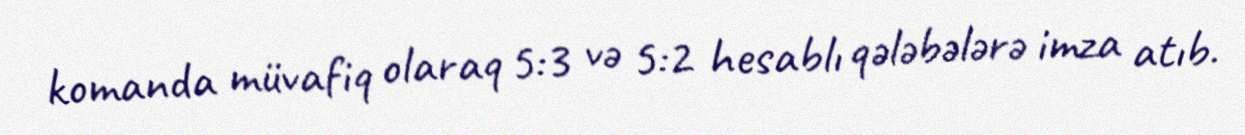
komanda müvafiq olaraq 5:3 və 5:2 hesablı qələbələrə imza atıb.